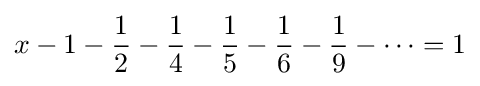
x-1-{\frac {1}{2}}-{\frac {1}{4}}-{\frac {1}{5}}-{\frac {1}{6}}-{\frac {1}{9}}-\cdots =1